Annual report on the health of the army in India
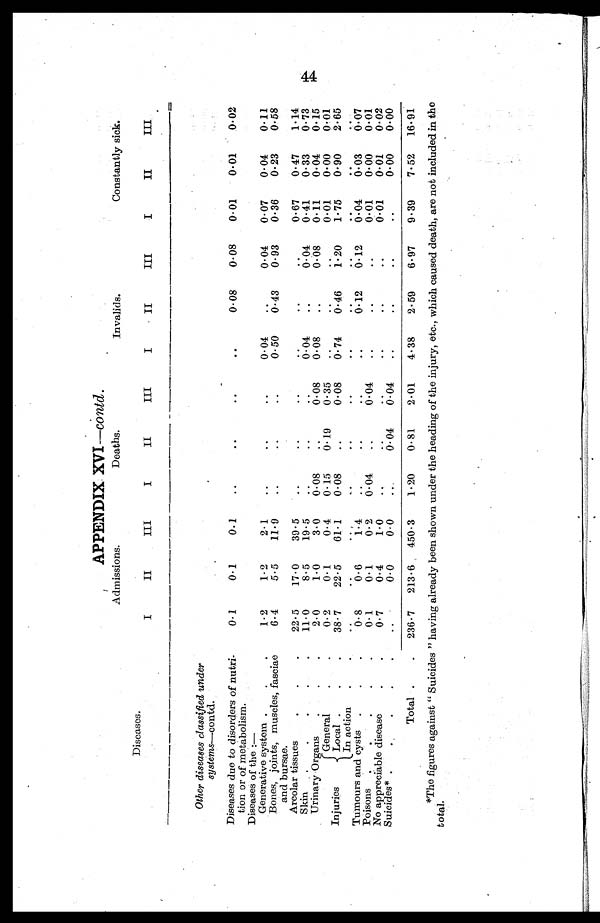
APPENDIX XVI — contd.
Diseases.
Admissions.
Deaths.
Invalids.
Constantly sick.
I
II
III
I
II
III
I
II
III
I
II
III
Other diseases classified under
systems-contd.
Diseases due to disorders of nutri
¬ tion or of metabolism.
0.1
0.1
0.1
..
.. ..
..
0.08
0.08
0.01
0.01
0.02
Diseases of the :
—
Generative system .
.
.
1.2
1.2
2.1
..
..
..
0.04
..
0.04
0.07
0.04
0.11
Bones, joints, muscles, fasciae
and bursae.
6.4
5.5
11.9
..
..
..
0.50
0.43
0.93
0.36
0.23
0.58
Areolar tissues
.
.
.
22.5
17.0
39.5
..
..
..
..
..
..
0.67
0.47
1.14
Skin
.
.
.
.
.
11.0
8.5
19.5
..
..
..
0.04
..
0.04
0.41
0.33
0.73
Urinary Organs
.
.
2.0
1.0
3.0
0.08
..
0.08
0.08
..
0.08
0.11
0.04
0.15
Injuries
General
.
.
0.2
0.1
0.4
0.15
0.19
0.35
..
.. ..
0.01
0.00
0.01
Local .
.
.
38.7
22.5
61.1
0.08
..
0.08
0.74
0 .46
1.20
1.75
0.90
2.65
In action
.
.
.
.. .. .. .. .. .. ..
..
.. .. ..
Tumours and cysts .
.
.
0. 8
0.6
1.4.
..
..
.. ..
0.12
0.12
0.04
0.03
0.07
Poisons .
.
. . .
0.1
0.1
0.2
0.04
..
0.04
...
..
..
0.01
0.00
0.01
No appreciable disease
.
.
0.7
0.4
1.0
.. .. .. .. .. ..
0.01
0.01
0.02
Suicides* .
..
0.0
0.0
..
0.04
0.04
.. .. .. ..
0.00
0.00
Total .
.
236.7
213.6
450.3
1.20
0.81
2.01
4.38
2.59
6.97
9.39
7.52
16.91
*The figures against " Suicides " having already been shown under the heading of the injury, etc., which caused death, are not included in the
total.
44